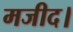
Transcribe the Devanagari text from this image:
मजीद।